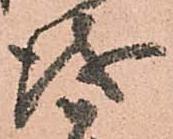
儀